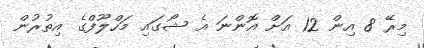
މިރޭ 8 އިން 12 އަށް އޮންނަ އެ ޝޯގައި މަހްލޫފްގެ އިތުރުން